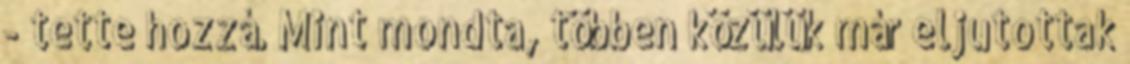
- tette hozzá. Mint mondta, többen közülük már eljutottak